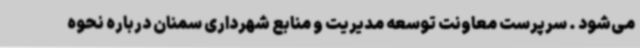
می‌شود . سرپرست معاونت توسعه مدیریت و منابع شهرداری سمنان درباره نحوه